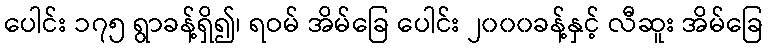
ပေါင်း ၁၇၅ ရွာခန့်ရှိ၍၊ ရဝမ် အိမ်ခြေ ပေါင်း ၂၀၀၀ခန့်နှင့် လီဆူး အိမ်ခြေ